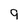
Character: 9